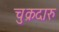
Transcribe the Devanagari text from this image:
चुक्रदारु